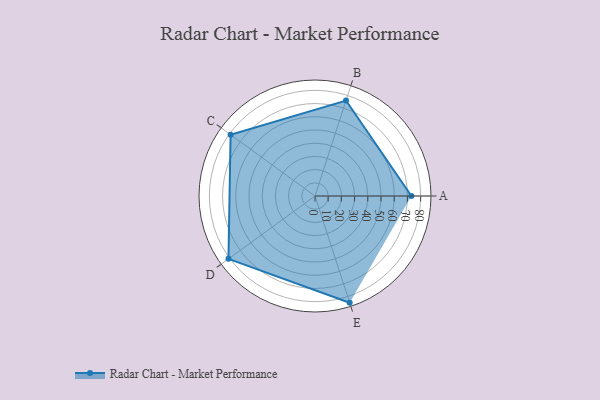
{"axis": {"x": "Skill", "y": "Score"}, "legend": ["Profile"], "data": [{"x": "A", "y": 73.0, "type": "Profile"}, {"x": "B", "y": 76.0, "type": "Profile"}, {"x": "C", "y": 79.0, "type": "Profile"}, {"x": "D", "y": 81.0, "type": "Profile"}, {"x": "E", "y": 85.0, "type": "Profile"}]}